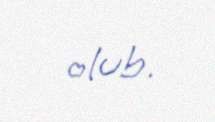
olub.